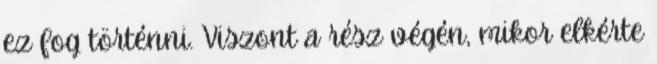
ez fog történni. Viszont a rész végén, mikor elkérte